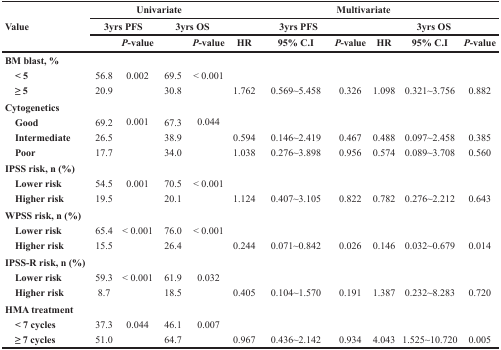
<table><thead><tr><td rowspan="3"><b>Value</b></td><td colspan="4"><b>Univariate</b></td><td colspan="6"><b>Multivariate</b></td></tr><tr><td colspan="2"><b>3yrs PFS</b></td><td colspan="2"><b>3yrs OS</b></td><td colspan="3"><b>3yrs PFS</b></td><td colspan="3"><b>3yrs OS</b></td></tr><tr><td></td><td><b><i>P</i>-value</b></td><td></td><td><b><i>P</i>-value</b></td><td><b>HR</b></td><td><b>95% C.I</b></td><td><b><i>P</i>-value</b></td><td><b>HR</b></td><td><b>95% C.I</b></td><td><b><i>P</i>-value</b></td></tr></thead><tbody><tr><td><b>BM blast, %</b></td><td></td><td></td><td></td><td></td><td></td><td></td><td></td><td></td><td></td><td></td></tr><tr><td><b> &lt; 5</b></td><td><sup>56.8</sup></td><td>0.002</td><td><sup>69.5</sup></td><td>&lt; 0.001</td><td></td><td></td><td></td><td></td><td></td><td></td></tr><tr><td><b> ≥ 5</b></td><td>20.9</td><td></td><td>30.8</td><td></td><td>1.762</td><td>0.569∼5.458</td><td>0.326</td><td>1.098</td><td>0.321∼3.756</td><td>0.882</td></tr><tr><td><b>Cytogenetics</b></td><td></td><td></td><td></td><td></td><td></td><td></td><td></td><td></td><td></td><td></td></tr><tr><td><b> Good</b></td><td><sup>69.2</sup></td><td>0.001</td><td><sup>67.3</sup></td><td>0.044</td><td></td><td></td><td></td><td></td><td></td><td></td></tr><tr><td><b> Intermediate</b></td><td><sup>26.5</sup></td><td></td><td><sup>38.9</sup></td><td></td><td>0.594</td><td>0.146∼2.419</td><td>0.467</td><td>0.488</td><td>0.097∼2.458</td><td>0.385</td></tr><tr><td><b> Poor</b></td><td>17.7</td><td></td><td>34.0</td><td></td><td>1.038</td><td>0.276∼3.898</td><td>0.956</td><td>0.574</td><td>0.089∼3.708</td><td>0.560</td></tr><tr><td><b>IPSS risk, n (%)</b></td><td></td><td></td><td></td><td></td><td></td><td></td><td></td><td></td><td></td><td></td></tr><tr><td><b> Lower risk</b></td><td><sup>54.5</sup></td><td>0.001</td><td><sup>70.5</sup></td><td>&lt; 0.001</td><td></td><td></td><td></td><td></td><td></td><td></td></tr><tr><td><b> Higher risk</b></td><td>19.5</td><td></td><td>20.1</td><td></td><td>1.124</td><td>0.407∼3.105</td><td>0.822</td><td>0.782</td><td>0.276∼2.212</td><td>0.643</td></tr><tr><td><b>WPSS risk, n (%)</b></td><td></td><td></td><td></td><td></td><td></td><td></td><td></td><td></td><td></td><td></td></tr><tr><td><b> Lower risk</b></td><td><sup>65.4</sup></td><td>&lt; 0.001</td><td><sup>76.0</sup></td><td>&lt; 0.001</td><td></td><td></td><td></td><td></td><td></td><td></td></tr><tr><td><b> Higher risk</b></td><td>15.5</td><td></td><td>26.4</td><td></td><td>0.244</td><td>0.071∼0.842</td><td>0.026</td><td>0.146</td><td>0.032∼0.679</td><td>0.014</td></tr><tr><td><b>IPSS-R risk, n (%)</b></td><td></td><td></td><td></td><td></td><td></td><td></td><td></td><td></td><td></td><td></td></tr><tr><td><b> Lower risk</b></td><td><sup>59.3</sup></td><td>&lt; 0.001</td><td><sup>61.9</sup></td><td>0.032</td><td></td><td></td><td></td><td></td><td></td><td></td></tr><tr><td><b> Higher risk</b></td><td>8.7</td><td></td><td>18.5</td><td></td><td>0.405</td><td>0.104∼1.570</td><td>0.191</td><td>1.387</td><td>0.232∼8.283</td><td>0.720</td></tr><tr><td><b>HMA treatment</b></td><td></td><td></td><td></td><td></td><td></td><td></td><td></td><td></td><td></td><td></td></tr><tr><td><b> &lt; 7 cycles</b></td><td><sup>37.3</sup></td><td>0.044</td><td><sup>46.1</sup></td><td>0.007</td><td></td><td></td><td></td><td></td><td></td><td></td></tr><tr><td><b> ≥ 7 cycles</b></td><td>51.0</td><td></td><td>64.7</td><td></td><td>0.967</td><td>0.436∼2.142</td><td>0.934</td><td>4.043</td><td>1.525∼10.720</td><td>0.005</td></tr></tbody></table>